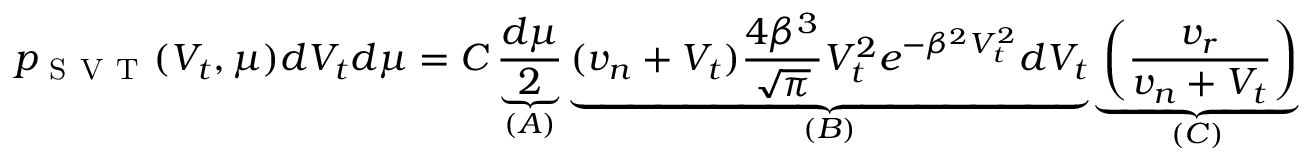
p _ { \mathrm { ~ S ~ V ~ T ~ } } ( V _ { t } , \mu ) d V _ { t } d \mu = C \underbrace { \frac { d \mu } { 2 } } _ { ( A ) } \underbrace { ( v _ { n } + V _ { t } ) \frac { 4 \beta ^ { 3 } } { \sqrt { \pi } } V _ { t } ^ { 2 } e ^ { - \beta ^ { 2 } V _ { t } ^ { 2 } } d V _ { t } } _ { ( B ) } \underbrace { \left( \frac { v _ { r } } { v _ { n } + V _ { t } } \right) } _ { ( C ) }